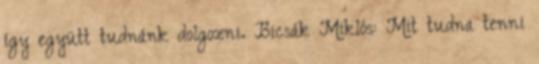
így együtt tudnánk dolgozni. Bicsák Miklós: Mit tudna tenni